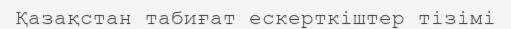
Қазақстан табиғат ескерткіштер тізімі